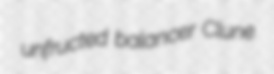
unfructed balancer Clune